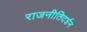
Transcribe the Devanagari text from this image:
राजनीतिदर्शन